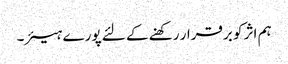
ہم اثر کو برقرار رکھنے کے لئے پورے ہیئر۔